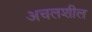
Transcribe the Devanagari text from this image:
अचलशील